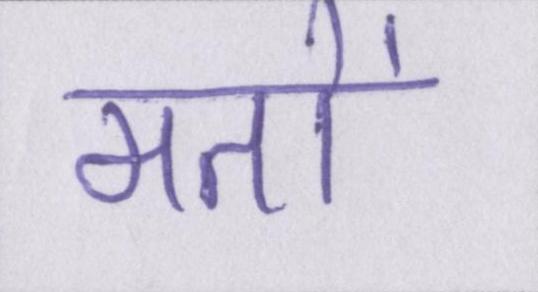
मतों